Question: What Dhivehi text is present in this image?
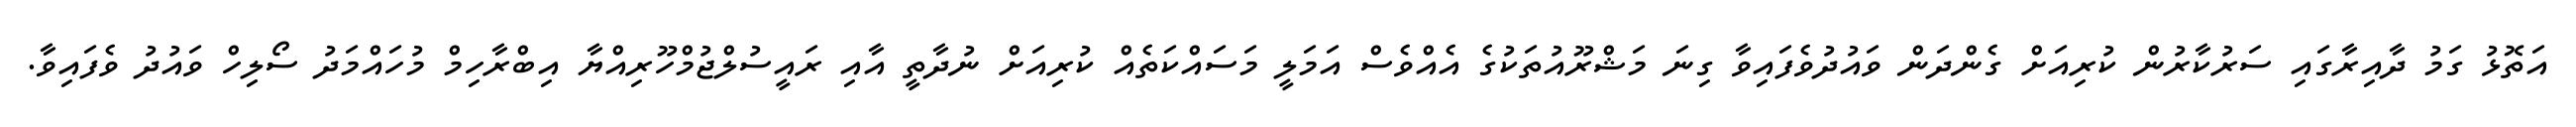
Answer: އަތޮޅު ގަމު ދާއިރާގައި ސަރުކާރުން ކުރިއަށް ގެންދަން ވައުދުވެފައިވާ ގިނަ މަޝްރޫއުތަކުގެ އެއްވެސް އަމަލީ މަސައްކަތެއް ކުރިއަށް ނުދާތީ އާއި ރައީސުލްޖުމްހޫރިއްޔާ އިބްރާހިމް މުހައްމަދު ސޯލިހް ވައުދު ވެފައިވާ.